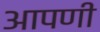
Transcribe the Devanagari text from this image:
आपणी